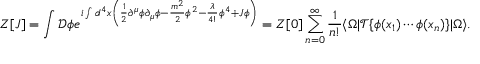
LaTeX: Z [ J ] = \int { \mathcal { D } } \phi e ^ { i \int d ^ { 4 } x \left( { \frac { 1 } { 2 } } \partial ^ { \mu } \phi \partial _ { \mu } \phi - { \frac { m ^ { 2 } } { 2 } } \phi ^ { 2 } - { \frac { \lambda } { 4 ! } } \phi ^ { 4 } + J \phi \right) } = Z [ 0 ] \sum _ { n = 0 } ^ { \infty } { \frac { 1 } { n ! } } \langle \Omega | { \mathcal { T } } \{ { \phi } ( x _ { 1 } ) \cdots { \phi } ( x _ { n } ) \} | \Omega \rangle .